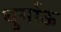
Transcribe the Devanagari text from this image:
थुर्गाऊ